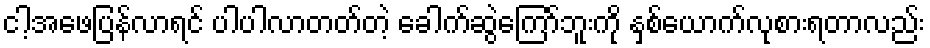
ငါ့အဖေပြန်လာရင် ပါပါလာတတ်တဲ့ ခေါက်ဆွဲကြော်ဘူးကို နှစ်ယောက်လုစားရတာလည်း